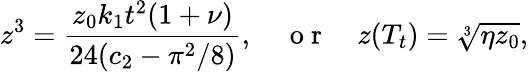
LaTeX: z^{3}=\frac{z_{0}k_{1}t^{2}(1+\nu)}{24(c_{2}-\pi^{2}/8)},\quad\mathrm{~o~r~}\quad z(T_{t})=\sqrt[3]{\eta z_{0}},